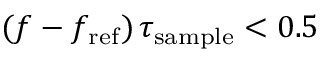
( f - f _ { \mathrm { r e f } } ) \, \tau _ { \mathrm { s a m p l e } } < 0 . 5